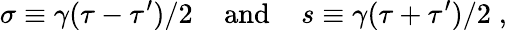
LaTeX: \sigma\equiv\gamma({\tau-\tau^{\prime}})/{2}\; \; \; \; \mathrm{and}\; \; \; \; s\equiv\gamma({\tau+\tau^{\prime}})/{2}\; ,